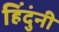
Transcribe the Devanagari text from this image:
हिंदुंनी